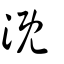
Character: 漑